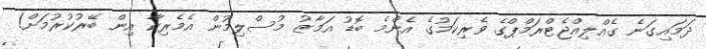
ދަމައިގަނެ ގެއްލިއްޖެޓްރަމްޕްގެ ވެރިކަމުގެ އެންމެ ބޮޑު އަމާޒު މުސްލިމުން އެމެރިކާ އިން ބޭރުކުރުމަށް!